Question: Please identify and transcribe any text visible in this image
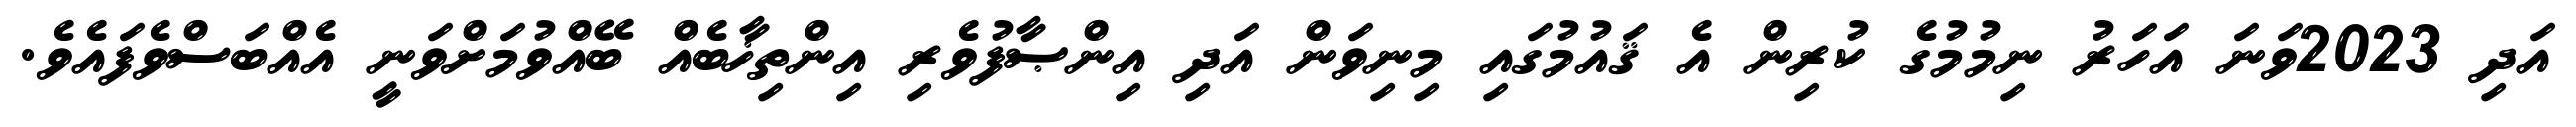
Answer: އަދި 2023ވަނަ އަހަރު ނިމުމުގެ ކުރިން އެ ޤައުމުގައި މިނިވަން އަދި އިންޞާފުވެރި އިންތިޚާބެއް ބޭއްވުމަށްވަނީ އެއްބަސްވެފައެވެ.